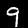
Digit: 9